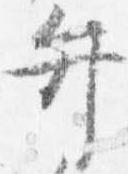
弁